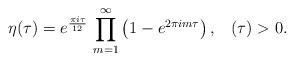
LaTeX: \begin{align*}\eta(\tau)=e^{\frac{\pi i\tau}{12}}\,\prod_{m=1}^{\infty}\left(1-e^{2\pi im\tau}\right),\,\,\,\,\,(\tau)>0.\end{align*}